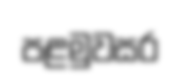
පළමුවසර